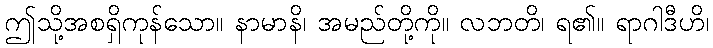
ဤသို့အစရှိကုန်သော။ နာမာနိ၊ အမည်တို့ကို။ လဘတိ၊ ရ၏။ ရာဂါဒီဟိ၊